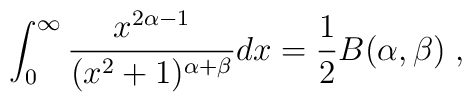
\int_{0}^{\infty}\frac{x^{2 \alpha-1}}{(x^{2}+1)^{\alpha+\beta}}d x =\frac{1}{2}B(\alpha,\beta)\; ,